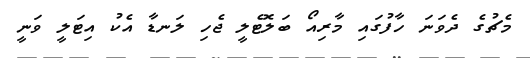
މެޗުގެ ދެވަނަ ހާފުގައި މާރިއޯ ބަލޮޓެލީ ޖެހި ލަނޑާ އެކު އިޓަލީ ވަނީ